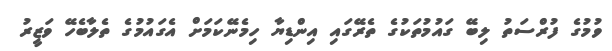
ވުމުގެ ފުރްސަތު ލިބޭ ގައުމުތަކުގެ ތެރޭގައި އިންޑިޔާ ހިމެނޭކަމަށް އެގައުމުގެ ތެލާބެހޭ ވަޒީރު